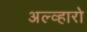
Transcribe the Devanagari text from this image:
अल्व्हारो